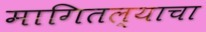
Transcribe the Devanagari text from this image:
मागितल्याचा